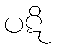
ပဋိ